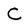
Character: C